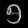
Digit: ၅